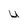
Character: u